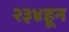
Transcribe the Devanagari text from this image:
२३४हून